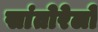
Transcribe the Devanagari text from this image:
सांतोरेलो